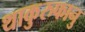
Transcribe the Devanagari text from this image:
थाकुरुफानु